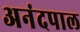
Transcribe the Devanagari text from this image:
अनंदपाल